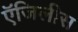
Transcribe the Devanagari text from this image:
ऍजिलीस